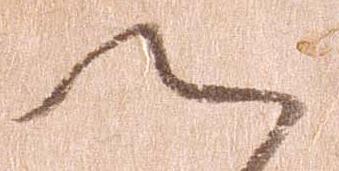
へ